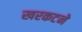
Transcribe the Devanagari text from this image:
खरकटने